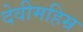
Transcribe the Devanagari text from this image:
देवीमहिम्र